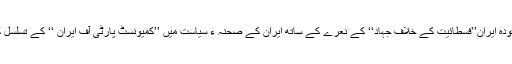
2اکتوبر 1941کو حزب تودہ ایران’’فسطائیت کے خلاف جہاد‘‘ کے نعرے کے ساتھ ایران کے صحنہ ء سیاست میں ’’کمیونسٹ پارٹی آف ایران ‘‘ کے تسلسل کے طور پر نمودار ہوئی ۔